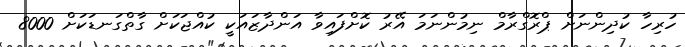
ހުރިހާ ކުދިންނަށް ޕްރޮގްރާމް ނިމުންނަމަ އޭރު ކޮށްފައިވާ އަންދާޒައަކީ ކުއްޖަކަށް ގާތްގަނޑަކަށް 8000